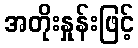
အတိုးနှုန်းဖြင့်